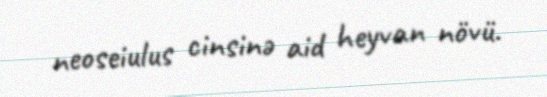
neoseiulus cinsinə aid heyvan növü.